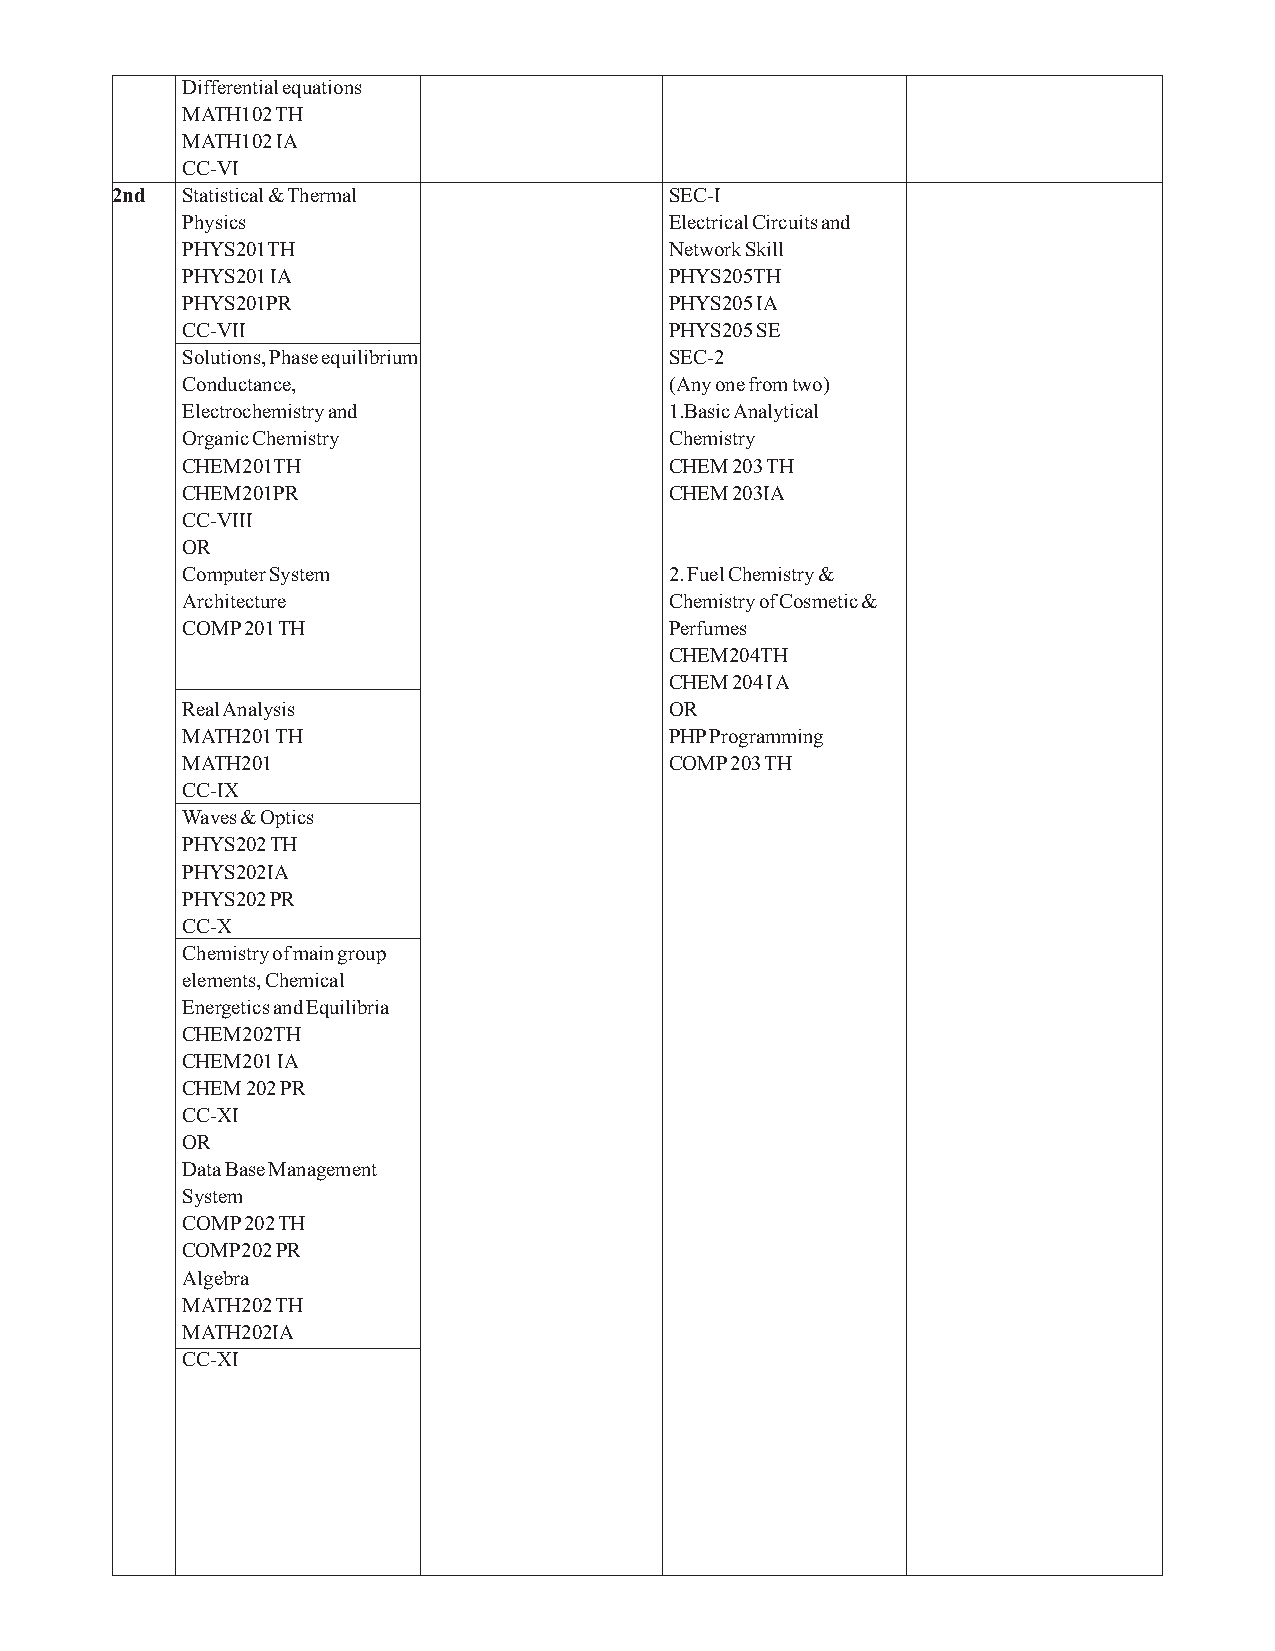
Differential equations
 MATH102 TH
 MATH102 IA
 CC-VI
 2nd  Statistical & Thermal           SEC-I
 Physics                         Electrical Circuits and
 PHYS201TH                       Network Skill
 PHYS201 IA                      PHYS205TH
 PHYS201PR                       PHYS205 IA
 CC-VII                          PHYS205 SE
 Solutions, Phase equilibrium    SEC-2
 Conductance,                    (Any one from two)
 Electrochemistry and            1.Basic Analytical
 Organic Chemistry               Chemistry
 CHEM201TH                       CHEM 203 TH
 CHEM201PR                       CHEM 203IA
 CC-VIII
 OR
 Computer System                 2. Fuel Chemistry &
 Architecture                    Chemistry of Cosmetic &
 COMP 201 TH                     Perfumes
 CHEM204TH
 CHEM 204 I A
 Real Analysis                   OR
 MATH201 TH                      PHP Programming
 MATH201                         COMP 203 TH
 CC-IX
 Waves & Optics
 PHYS202 TH
 PHYS202IA
 PHYS202 PR
 CC-X
 Chemistry of main group
 elements, Chemical
 Energetics and Equilibria
 CHEM202TH
 CHEM201 IA
 CHEM 202 PR
 CC-XI
 OR
 Data Base Management
 System
 COMP 202 TH
 COMP202 PR
 Algebra
 MATH202 TH
 MATH202IA
 CC-XI